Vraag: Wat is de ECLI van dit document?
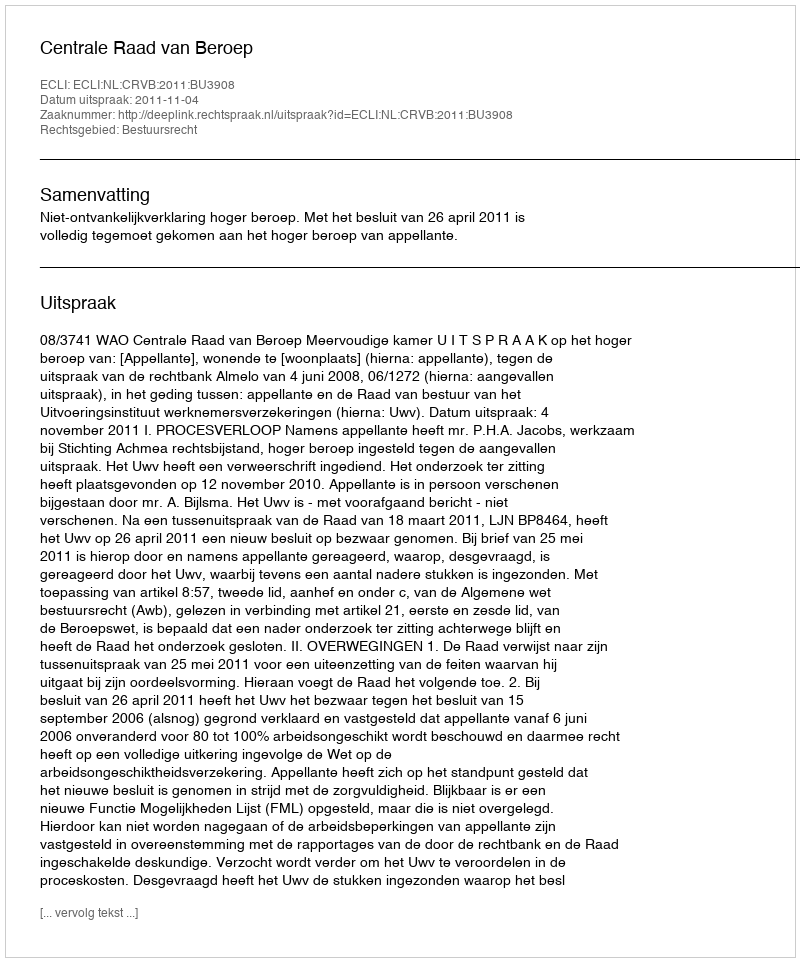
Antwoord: ECLI:NL:CRVB:2011:BU3908